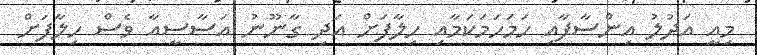
މިއީ އަދުލު އިންސާފާއި ހަމަހަމަކަމާއި ހިލާފަށް އަދި ގާނޫނު އަސާސީއާ ވެސް ހިލާފަށް